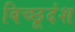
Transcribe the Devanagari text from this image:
बिच्छूदंश